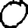
Digit: 0